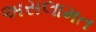
અસલામત